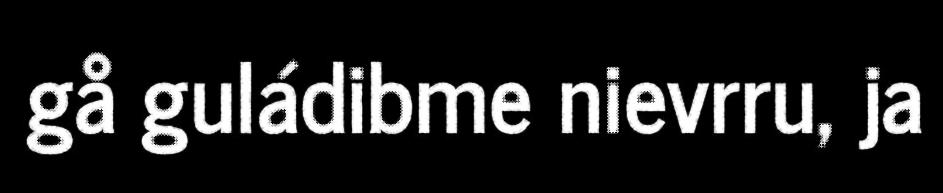
gå guládibme nievrru, ja